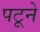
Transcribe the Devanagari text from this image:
पटूने